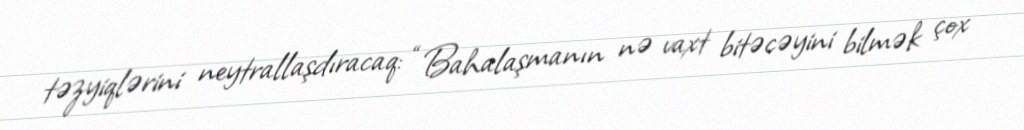
təzyiqlərini neytrallaşdıracaq: “Bahalaşmanın nə vaxt bitəcəyini bilmək çox